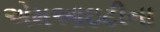
એમઆઇટીના